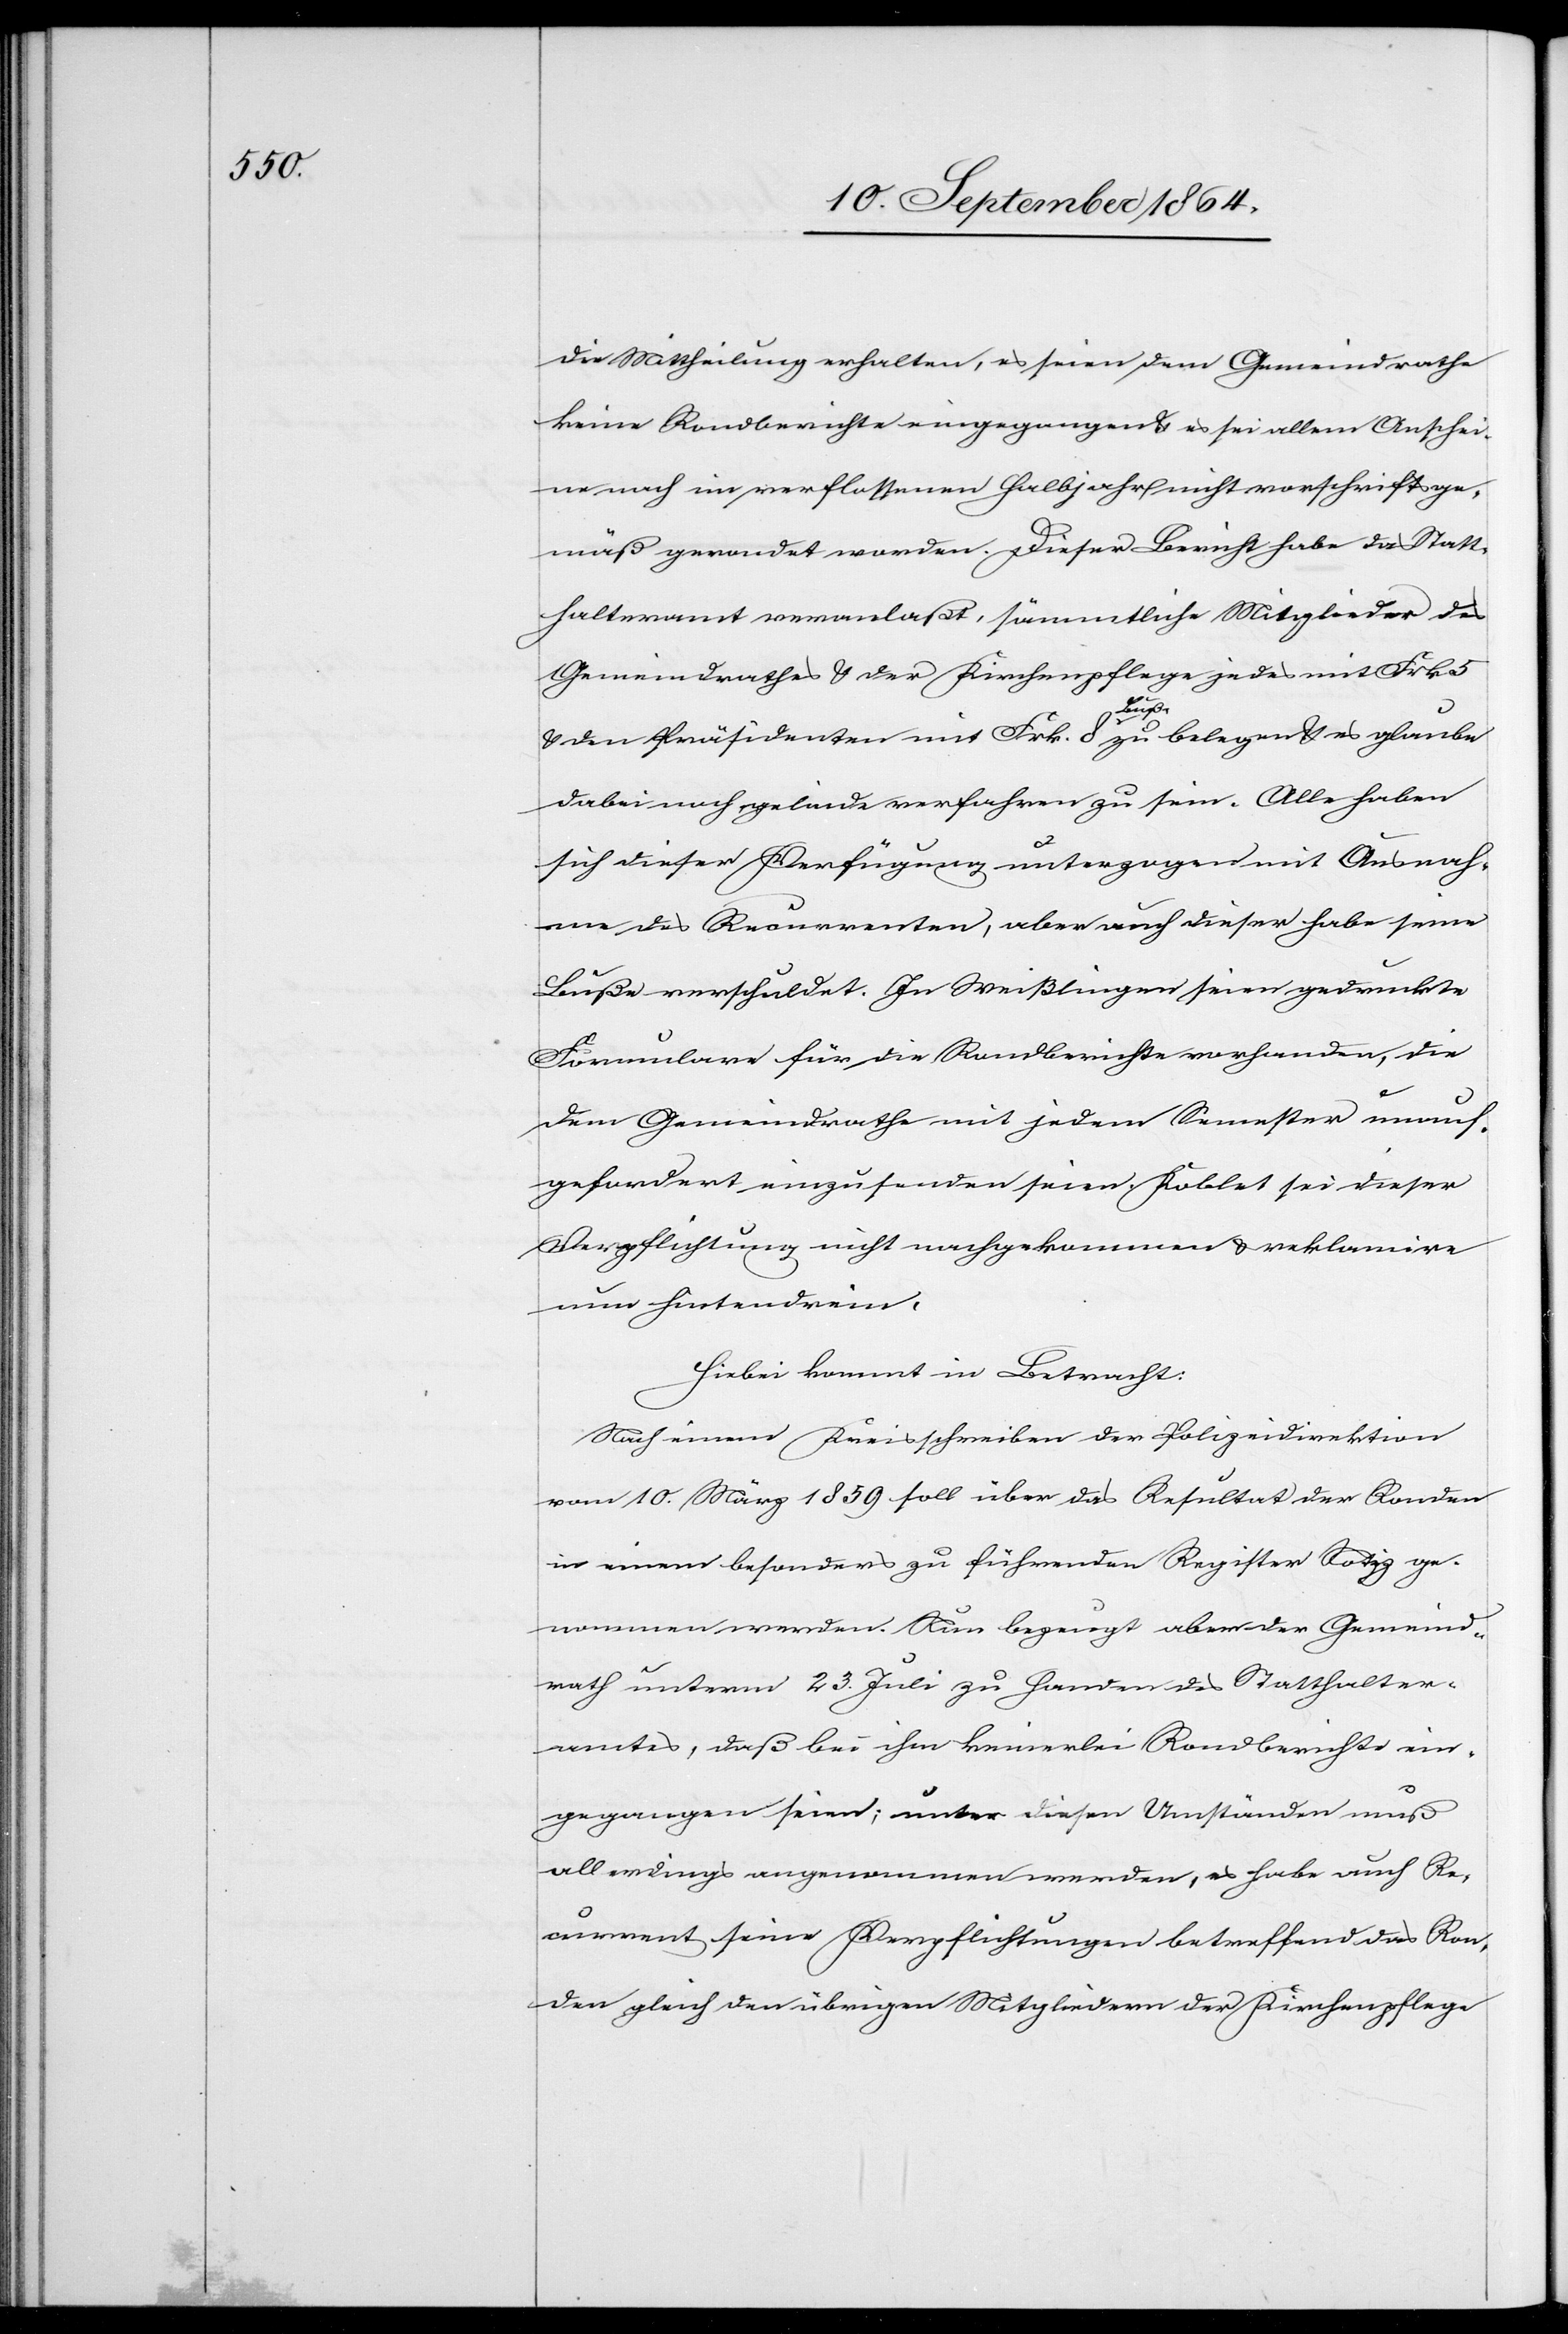
die Mittheilung erhalten, es seien dem Gemeindrathe
keine Rondberichte eingegangen & es sei allem Anschei¬
ne nach im verflossenen Halbjahr nicht vorschriftsge¬
mäß gerondet worden. Dieser Bericht habe das Statt¬
halteramt veranlaßt, sämmtliche Mitglieder des
Gemeindrathes & der Kirchenpflege jedes mit Frk.
5
& den Präsidenten mit Frk. 8 a-Buße-a zu belegen & es glaube
dabei noch gelinde verfahren zu sein. Alle haben
sich dieser Verfügung unterzogen mit Ausnah¬
me des Recurrenten, aber auch dieser habe seine
Buße verschuldet. In Weißlingen seien gedruckte
Formulare für die Rondberichte vorhanden, die
dem Gemeindrathe mit jedem Semester unauf¬
gefordert einzusenden seien. Koblet sei dieser
Verpflichtung nicht nachgekommen & reklamire
nun hintendrein.
Hiebei kommt in Betracht:
Nach einem Kreisschreiben der Polizeidirektion
vom 10. März 1859 soll über das Resultat der Ronden
in einem besonders zu führenden Register Notiz ge¬
nommen werden. Nun bezeugt aber der Gemeind¬
rath unterm 23. Juli zu Handen des Statthalter¬
amtes, daß bei ihm keinerlei Rondberichte ein¬
gegangen seien; unter diesen Umständen muß
allerdings angenommen werden, es habe auch Re¬
current seine Verpflichtungen betreffend das Ron¬
den gleich den übrigen Mitgliedern der Kirchenpflege